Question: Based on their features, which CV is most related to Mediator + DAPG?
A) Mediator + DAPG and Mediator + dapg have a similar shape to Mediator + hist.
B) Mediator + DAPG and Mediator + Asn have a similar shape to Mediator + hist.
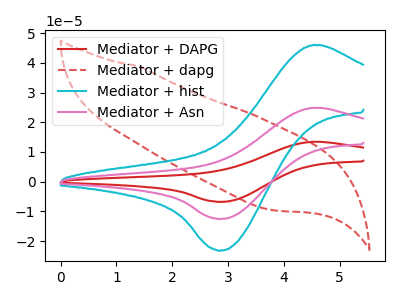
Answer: <think>The red curve "Mediator + DAPG" has an anodic peak at (4.50V, 49.60uA) and a cathodic peak at (2.85V, -25.10uA). The red dashed curve "Mediator + dapg" has no peaks. The cyan curve "Mediator + hist" has an anodic peak at (4.50V, 45.90uA) and a cathodic peak at (2.85V, -23.20uA). The pink curve "Mediator + Asn" has an anodic peak at (4.50V, 24.80uA) and a cathodic peak at (2.85V, -12.55uA).
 "Mediator + DAPG" and "Mediator + dapg" have a different number of peaks. All the peaks in "Mediator + DAPG" have a peak in "Mediator + hist" at the same potential. Every peak in "Mediator + DAPG" is higher than every peak in "Mediator + hist". All the peaks in "Mediator + DAPG" have a peak in "Mediator + Asn" at the same potential. Every peak in "Mediator + DAPG" is higher than every peak in "Mediator + Asn". "Mediator + dapg" and "Mediator + hist" have a different number of peaks. "Mediator + dapg" and "Mediator + Asn" have a different number of peaks. All the peaks in "Mediator + hist" have a peak in "Mediator + Asn" at the same potential. Every peak in "Mediator + hist" is higher than every peak in "Mediator + Asn".</think>
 <answer>B) "Mediator + DAPG" and "Mediator + Asn" have a similar shape to "Mediator + hist".</answer>
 <eval>B</eval>